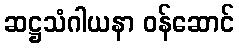
ဆဋ္ဌသံဂါယနာ ဝန်ဆောင်